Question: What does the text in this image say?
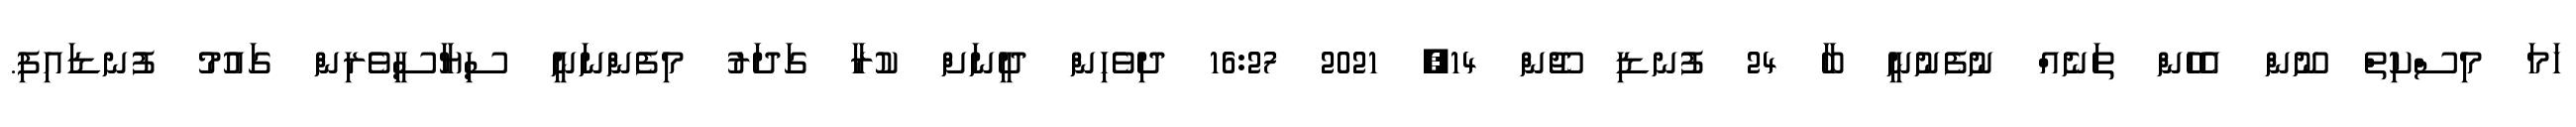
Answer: ހަމަ މިސްކިތް ނޫން އެހެން ތަނެއް ނުފެނުނީ ބާ 24 ފުނޑި ޖޫން 14, 2021 16:27 ދިވެހިން ދީނަށް ކުރާ ގަދަރު މިފެންނަނީ ސިޔާސީވެރިން ގައުމު ފުނޑައިފި.